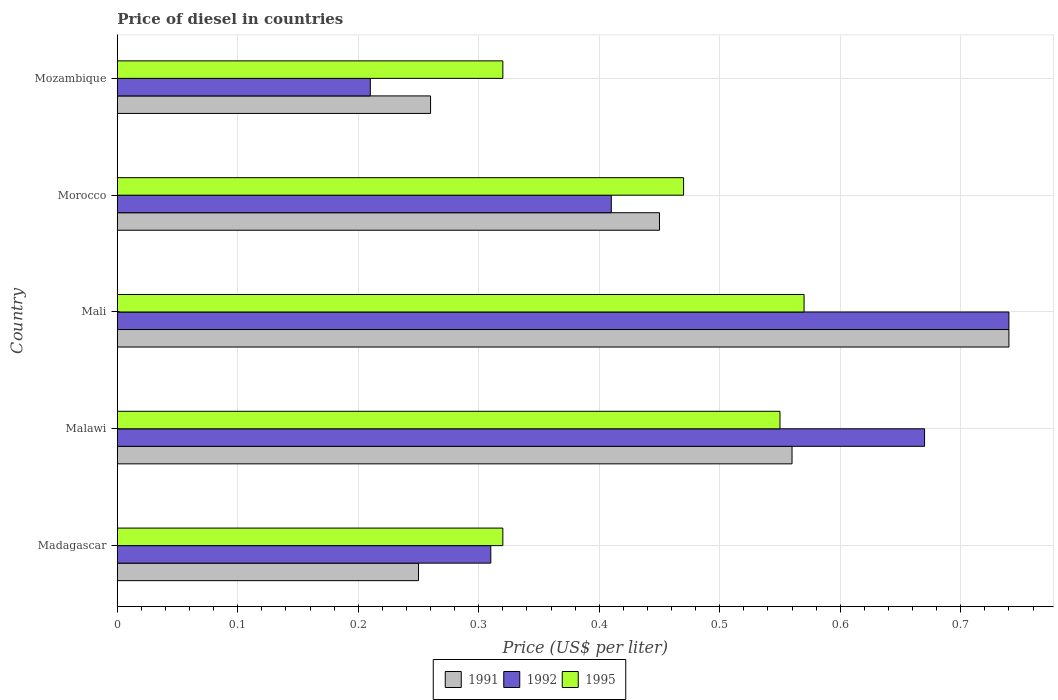
| Country | 1991 | 1992 | 1995 |
 | --- | --- | --- | --- |
 | Madagascar | 0.25 | 0.31 | 0.32 |
 | Malawi | 0.56 | 0.67 | 0.55 |
 | Mali | 0.74 | 0.74 | 0.57 |
 | Morocco | 0.45 | 0.41 | 0.47 |
 | Mozambique | 0.26 | 0.21 | 0.32 |